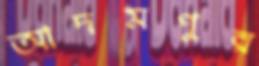
আদমপুর